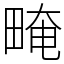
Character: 㽢